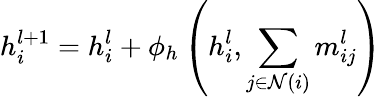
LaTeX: h_{i}^{l+1}=h_{i}^{l}+\phi_{h}\left(h_{i}^{l},\sum_{j\in\mathcal{N}(i)}m_{ij}^{l}\right)